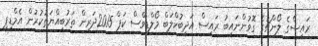
ރައީސްގެ ލޯންޗުގެ ގޮވުންނައިބު ރައީސް އަދީބުކްލަބް މޯލްޑިވްސް ކަޕް 2015ދަރިން ތަރުބިއްޔަތުކުރުން އެމްޑީޕީ